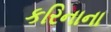
કરિનાના